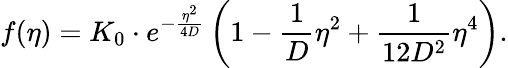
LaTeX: f(\eta)=K_{0}\cdot e^{-\frac{\eta^{2}}{4D}}\left(1-\frac{1}{D}\eta^{2}+\frac{1}{12D^{2}}\eta^{4}\right).